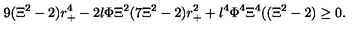
9 ( \Xi ^ { 2 } - 2 ) r _ { + } ^ { 4 } - 2 l \Phi \Xi ^ { 2 } ( 7 \Xi ^ { 2 } - 2 ) r _ { + } ^ { 2 } + l ^ { 4 } \Phi ^ { 4 } \Xi ^ { 4 } ( ( \Xi ^ { 2 } - 2 ) \geq 0 .